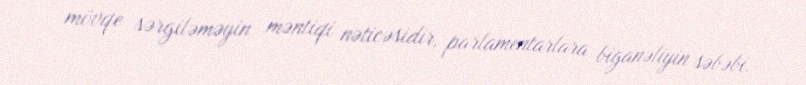
mövqe sərgiləməyin məntiqi nəticəsidir, parlamentarlara biganəliyin səbəbi.